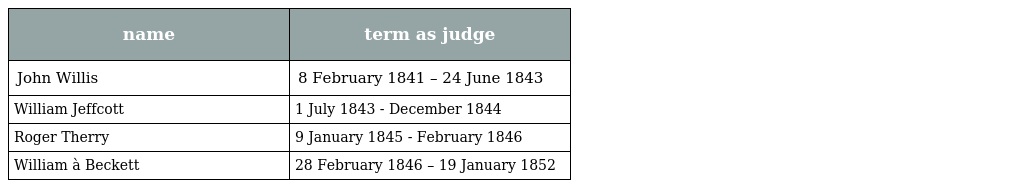
| name | term as judge |
 | --- | --- |
 | John Willis | 8 February 1841 – 24 June 1843 |
 | William Jeffcott | 1 July 1843 - December 1844 |
 | Roger Therry | 9 January 1845 - February 1846 |
 | William à Beckett | 28 February 1846 – 19 January 1852 |